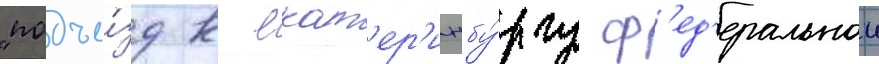
"подъе́зд к екат'ер'инбу́ргу ф'ед'еральнои